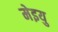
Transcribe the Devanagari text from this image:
मेइयु